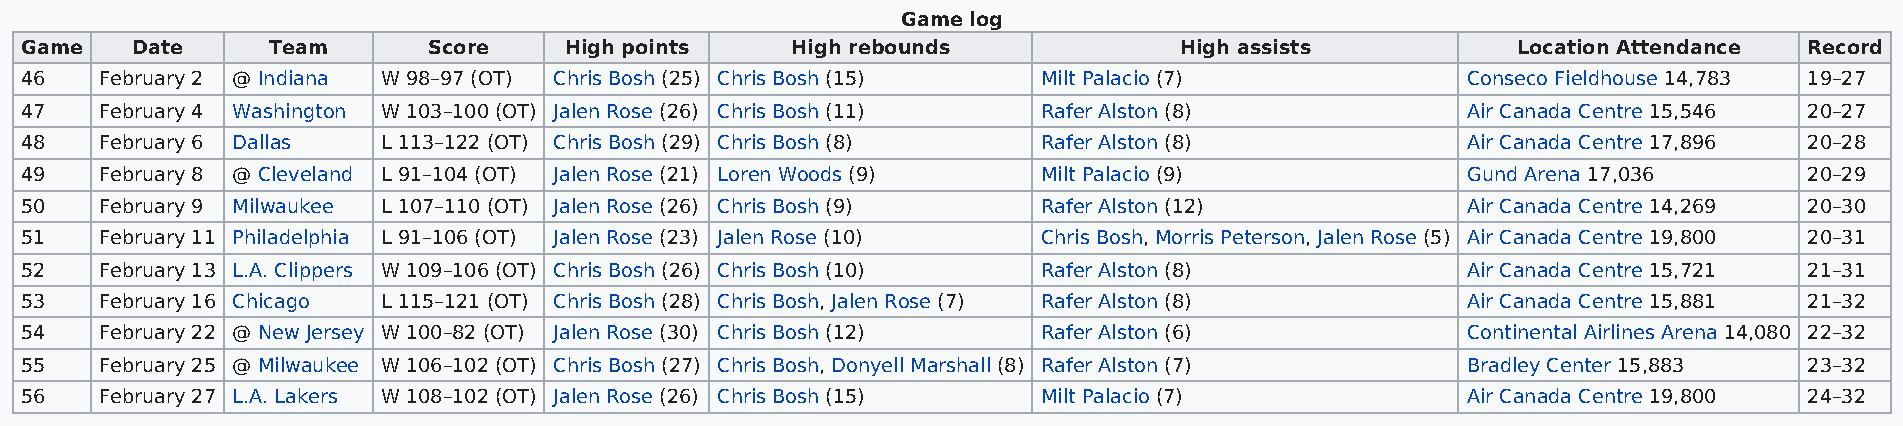
Game log
 Game    Date     Team      Score    High points    High rebounds             High assists          Location Attendance Record
 46    February 2 @ Indiana W 98–97 (OT) Chris Bosh (25) Chris Bosh (15) Milt Palacio (7)        Conseco Fieldhouse 14,783 19–27
 47    February 4 Washington W 103–100 (OT) Jalen Rose (26) Chris Bosh (11) Rafer Alston (8)     Air Canada Centre 15,546 20–27
 48    February 6 Dallas L 113–122 (OT) Chris Bosh (29) Chris Bosh (8) Rafer Alston (8)          Air Canada Centre 17,896 20–28
 49    February 8 @ Cleveland L 91–104 (OT) Jalen Rose (21) Loren Woods (9) Milt Palacio (9)     Gund Arena 17,036      20–29
 50    February 9 Milwaukee L 107–110 (OT) Jalen Rose (26) Chris Bosh (9) Rafer Alston (12)      Air Canada Centre 14,269 20–30
 51    February 11 Philadelphia L 91–106 (OT) Jalen Rose (23) Jalen Rose (10) Chris Bosh, Morris Peterson, Jalen Rose (5) Air Canada Centre 19,800 20–31
 52    February 13 L.A. Clippers W 109–106 (OT) Chris Bosh (26) Chris Bosh (10) Rafer Alston (8) Air Canada Centre 15,721 21–31
 53    February 16 Chicago L 115–121 (OT) Chris Bosh (28) Chris Bosh, Jalen Rose (7) Rafer Alston (8) Air Canada Centre 15,881 21–32
 54    February 22 @ New Jersey W 100–82 (OT) Jalen Rose (30) Chris Bosh (12) Rafer Alston (6)   Continental Airlines Arena 14,080 22–32
 55    February 25 @ Milwaukee W 106–102 (OT) Chris Bosh (27) Chris Bosh, Donyell Marshall (8) Rafer Alston (7) Bradley Center 15,883 23–32
 56    February 27 L.A. Lakers W 108–102 (OT) Jalen Rose (26) Chris Bosh (15) Milt Palacio (7)   Air Canada Centre 19,800 24–32